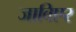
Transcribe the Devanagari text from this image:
जाविएर